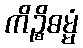
ကိဉ္စိဓမ္မံ